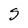
Character: S